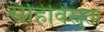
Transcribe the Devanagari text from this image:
सहिविस्नुता